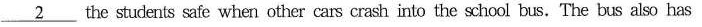
\underline{2} the students safe when other cars crash into the school bus. The bus also has